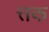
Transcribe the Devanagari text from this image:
त्तक